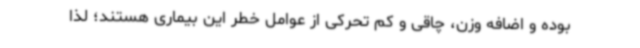
بوده و اضافه وزن، چاقی و کم تحرکی از عوامل خطر این بیماری هستند؛ لذا